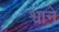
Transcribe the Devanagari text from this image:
श्वाने